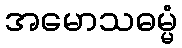
အမောသဓမ္မံ